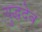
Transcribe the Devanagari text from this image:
युद्धदेव